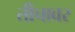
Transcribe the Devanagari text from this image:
तीचावर